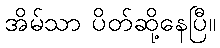
အိမ်သာ ပိတ်ဆို့နေပြီ။